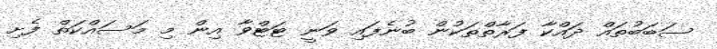
ސަބަބުތައް ދައްކާ ފަރާތްތަކުން ބުނެފައި ވަނީ ޓަޓްވާ އިން މި މަސައްކަތް ފެށި